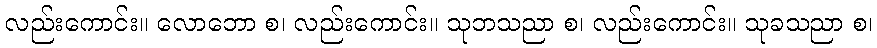
လည်းကောင်း။ လောဘော စ၊ လည်းကောင်း။ သုဘသညာ စ၊ လည်းကောင်း။ သုခသညာ စ၊